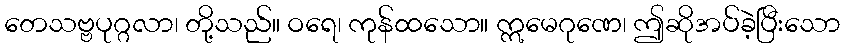
တေသဗ္ဗပုဂ္ဂလာ၊ တို့သည်။ ဝရေ၊ ကုန်ထသော။ ဣမေဂုဏေ၊ ဤဆိုအပ်ခဲ့ပြီးသော